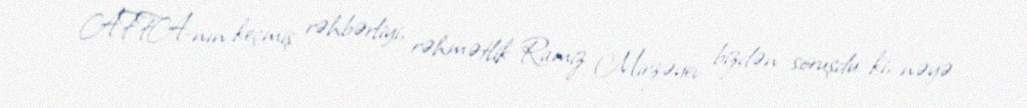
AFFA-nın keçmiş rəhbərliyi, rəhmətlik Ramiz Mirzəyev bizdən soruşdu ki, nəyə